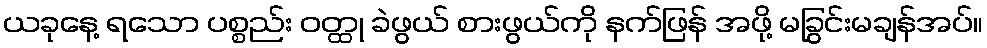
ယခုနေ့ ရသော ပစ္စည်း ဝတ္ထု ခဲဖွယ် စားဖွယ်ကို နက်ဖြန် အဖို့ မခြွင်းမချန်အပ်။